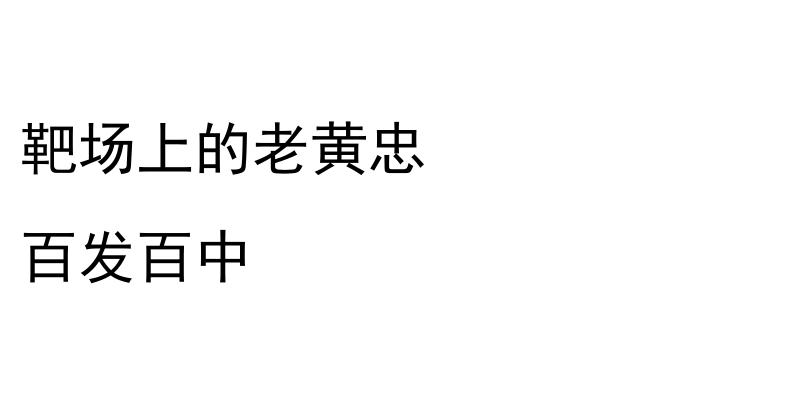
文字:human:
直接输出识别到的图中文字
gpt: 靶场上的老黄忠 百发百中